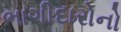
ભાગીદારોનો